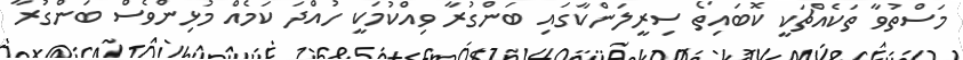
މަސްތުވާ ތަކެއްޗަކީ ކޮބައިތޯ ސިރީލަންކާގައި ބަންގުރާ ވިއްކުމަކީ ހުއްދަ ކަމެއް މުޅިންވެސް ބަންގުރާ